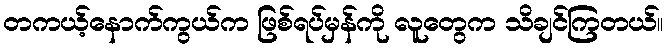
တကယ့်နောက်ကွယ်က ဖြစ်ရပ်မှန်ကို လူတွေက သိချင်ကြတယ်။